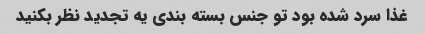
غذا سرد شده بود تو جنس بسته بندی یه تجدید نظر بکنید